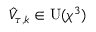
\hat { V } _ { \tau , k } \in \operatorname { U } ( \chi ^ { 3 } )